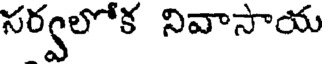
సర్వలోక నివాసాయ